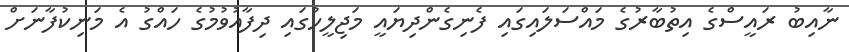
ނާއިބު ރައީސްގެ އިތުބާރުގެ މައްސަލައިގައި ފެނިގެންދިޔައީ މަޖިލީހުގައި ދިފާއުވުމުގެ ހައްގު އެ މަނިކުފާނަށް